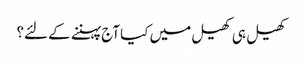
کھیل ہی کھیل میں کیا آج پہننے کے لئے؟